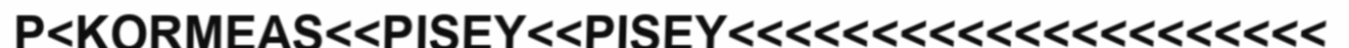
P<KORMEAS<<PISEY<<PISEY<<<<<<<<<<<<<<<<<<<<<